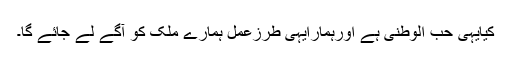
کیایہی حب الوطنی ہے اورہمارایہی طرزعمل ہمارے ملک کو آگے لے جائے گا۔